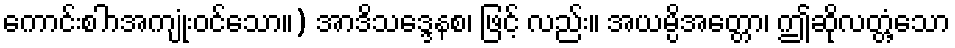
ကောင်းစါာအကျုံးဝင်သော။) အာဒိသဒ္ဒေနစ၊ ဖြင့် လည်း။ အယမ္ပိအတ္တော၊ ဤဆိုလတ္တံ့သော